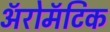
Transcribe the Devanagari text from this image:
अॅरोमॅटिक